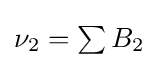
{\textstyle \nu _{2}=\sum B_{2}}